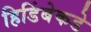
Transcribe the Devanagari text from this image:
हिडिंबेकडे